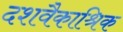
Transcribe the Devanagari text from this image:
दशवैकाश्रिक